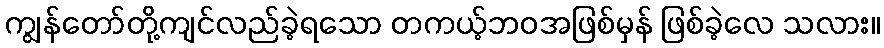
ကျွန်တော်တို့ကျင်လည်ခဲ့ရသော တကယ့်ဘဝအဖြစ်မှန် ဖြစ်ခဲ့လေ သလား။